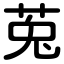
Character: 莵